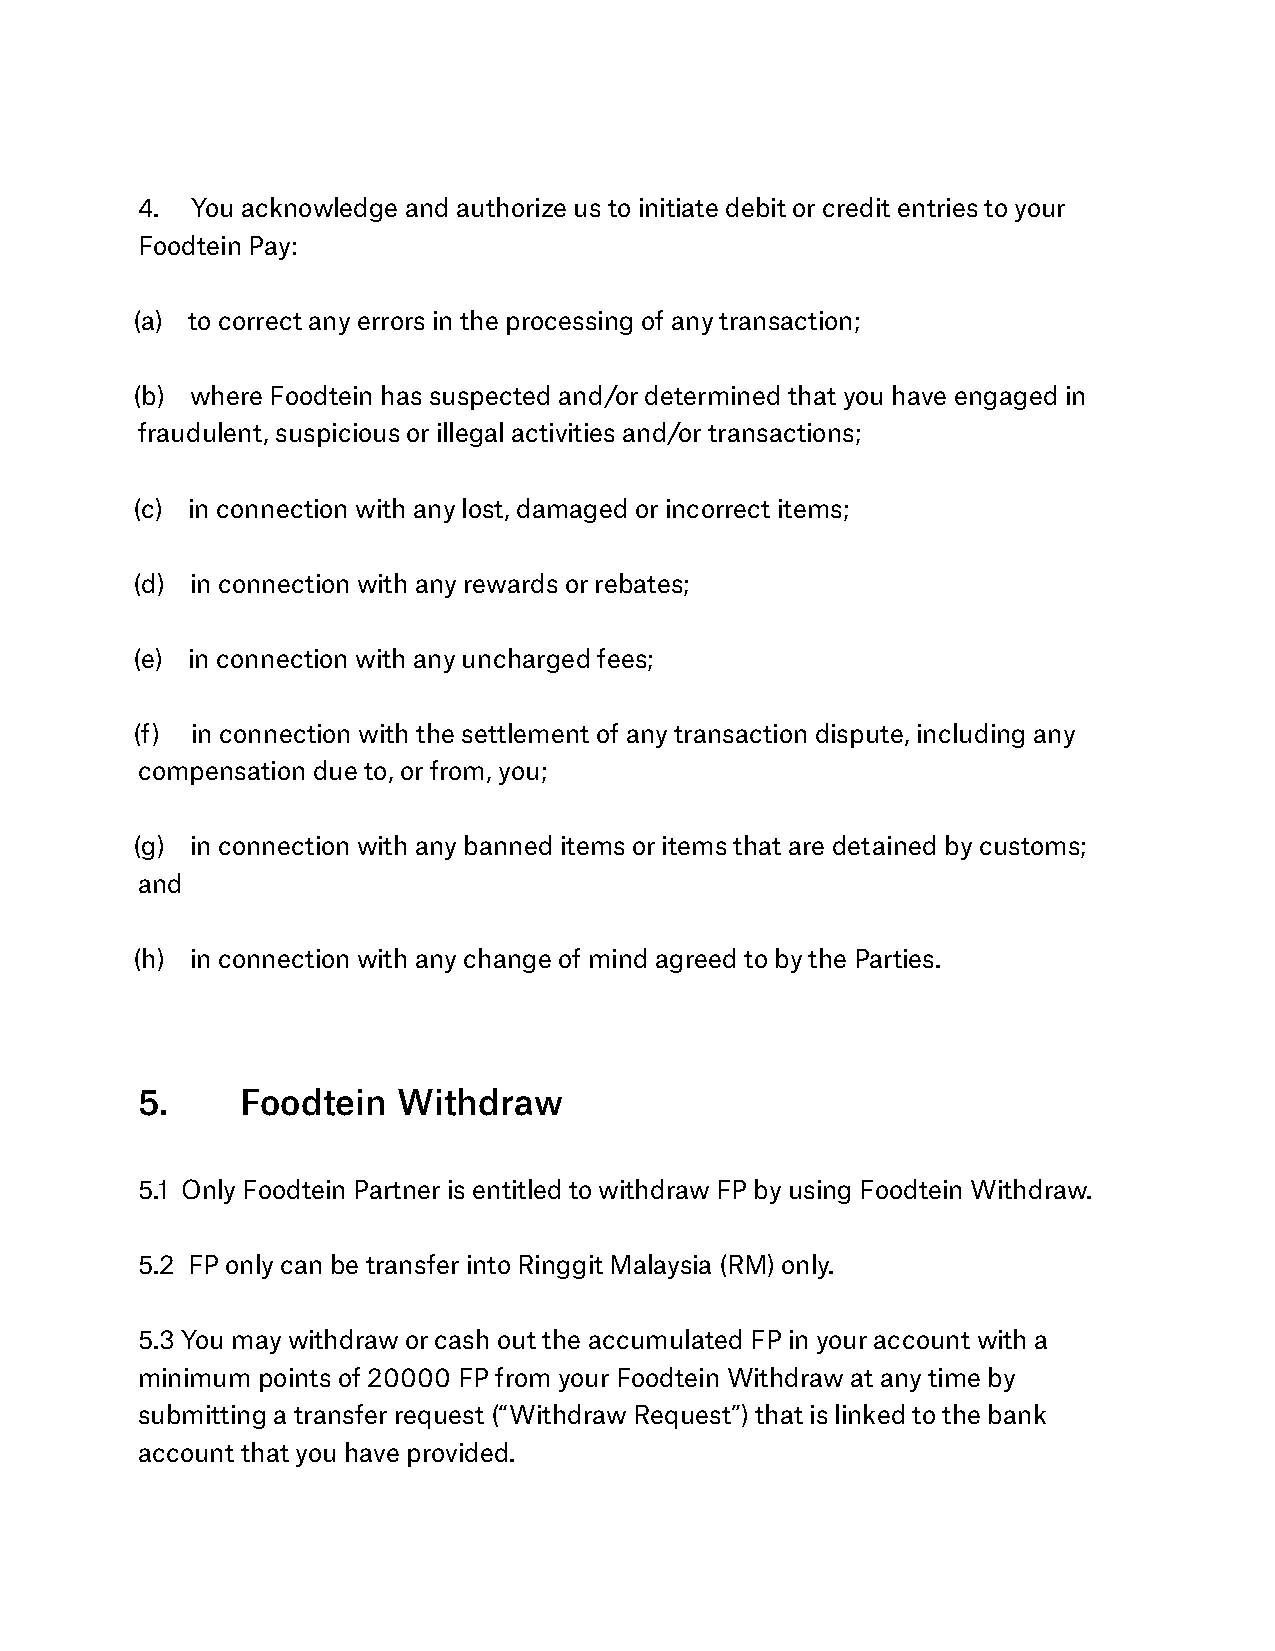
4.  You acknowledge and authorize us to initiate debit or credit entries to your
 Foodtein Pay:
 (a) to correct any errors in the processing of any transaction;
 (b) where Foodtein has suspected and/or determined that you have engaged in
 fraudulent, suspicious or illegal activities and/or transactions;
 (c) in connection with any lost, damaged or incorrect items;
 (d) in connection with any rewards or rebates;
 (e) in connection with any uncharged fees;
 (f) in connection with the settlement of any transaction dispute, including any
 compensation due to, or from, you;
 (g) in connection with any banned items or items that are detained by customs;
 and
 (h) in connection with any change of mind agreed to by the Parties.
 5.     Foodtein  Withdraw
 5.1 Only Foodtein Partner is entitled to withdraw FP by using Foodtein Withdraw.
 5.2 FP only can be transfer into Ringgit Malaysia (RM) only.
 5.3 You may withdraw or cash out the accumulated FP in your account with a
 minimum points of 20000 FP from your Foodtein Withdraw at any time by
 submitting a transfer request (“Withdraw Request”) that is linked to the bank
 account that you have provided.